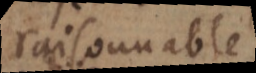
raisonnable